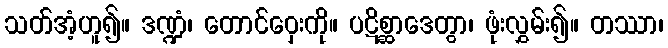
သတ်အံ့ဟူ၍။ ဒဏ္ဍံ၊ တောင်ဝှေးကို။ ပဋိစ္ဆာဒေတွာ၊ ဖုံးလွှမ်း၍။ တဿာ၊